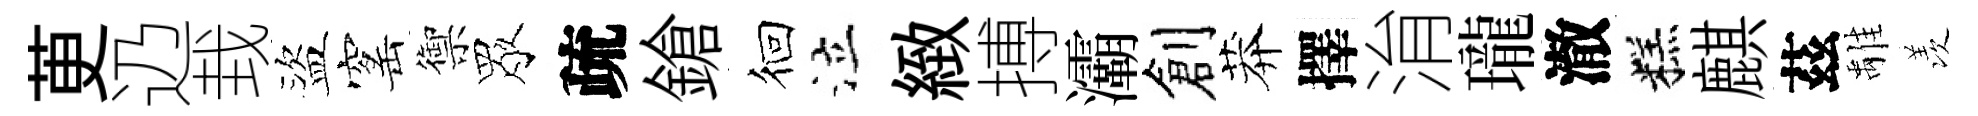
茰辸㘽盜窰禦眾疏鎗徊泣緻搏灞創莽擇㳙瓏澈糕麒茲𩀌羡